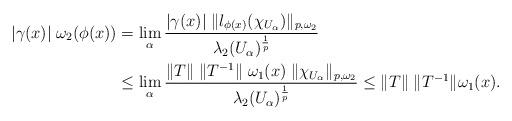
LaTeX: \begin{align*}\lvert\gamma(x)\rvert\;\omega_2(\phi(x))&=\lim_{\alpha}\frac{\lvert\gamma(x)\rvert\;\| l_{\phi(x)}(\chi_{{U_\alpha}})\|_{p,\omega_2}}{\lambda_2(U_\alpha)^{\frac{1}{p}}}\\&\le\lim_\alpha\frac{\|T\|\;\|T^{-1}\|\;\omega_1(x)\;\|\chi_{U_\alpha}\|_{p,\omega_2}}{\lambda_2(U_\alpha)^{\frac{1}{p}}}\leq\|T\|\;\|T^{-1}\|\omega_1(x).\end{align*}